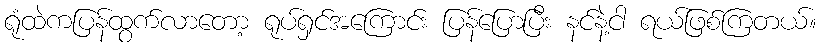
ရုံထဲကပြန်ထွက်လာတော့ ရုပ်ရှင်အကြောင်း ပြန်ပြောပြီး နင်နဲ့ငါ ရယ်ဖြစ်ကြတယ်။